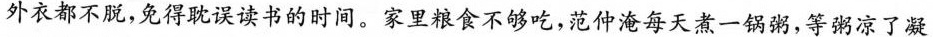
外衣都不脱，免得耽误读书的时间。家里粮食不够吃，范仲淹每天煮一锅粥，等粥凉了凝